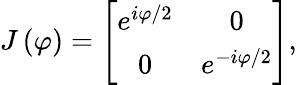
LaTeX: J\left(\varphi\right)=\left[\begin{array}{cc}{e^{i\varphi/2}}&{0}\\ {0}&{e^{-i\varphi/2}}\end{array}\right],